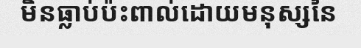
មិនធ្លាប់ប៉ះពាល់ដោយមនុស្សនៃ